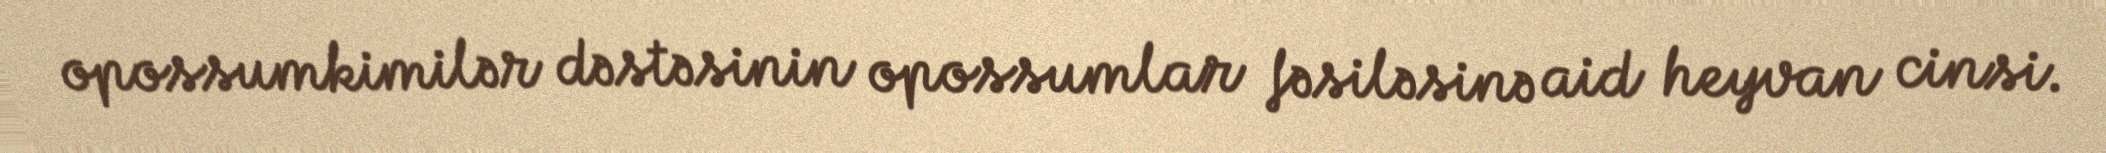
opossumkimilər dəstəsinin opossumlar fəsiləsinə aid heyvan cinsi.